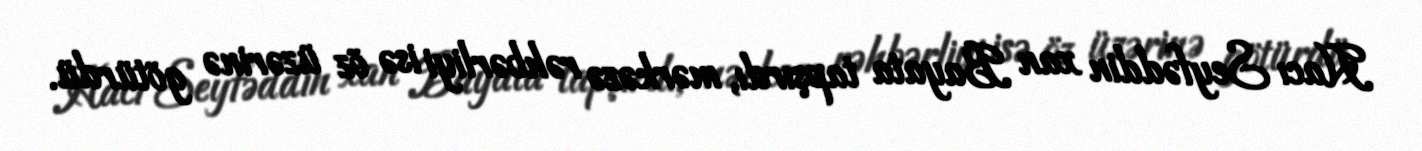
Hacı Seyfəddin xan Bayata tapşırdı, mərkəzə rəhbərliyi isə öz üzərinə götürdü.